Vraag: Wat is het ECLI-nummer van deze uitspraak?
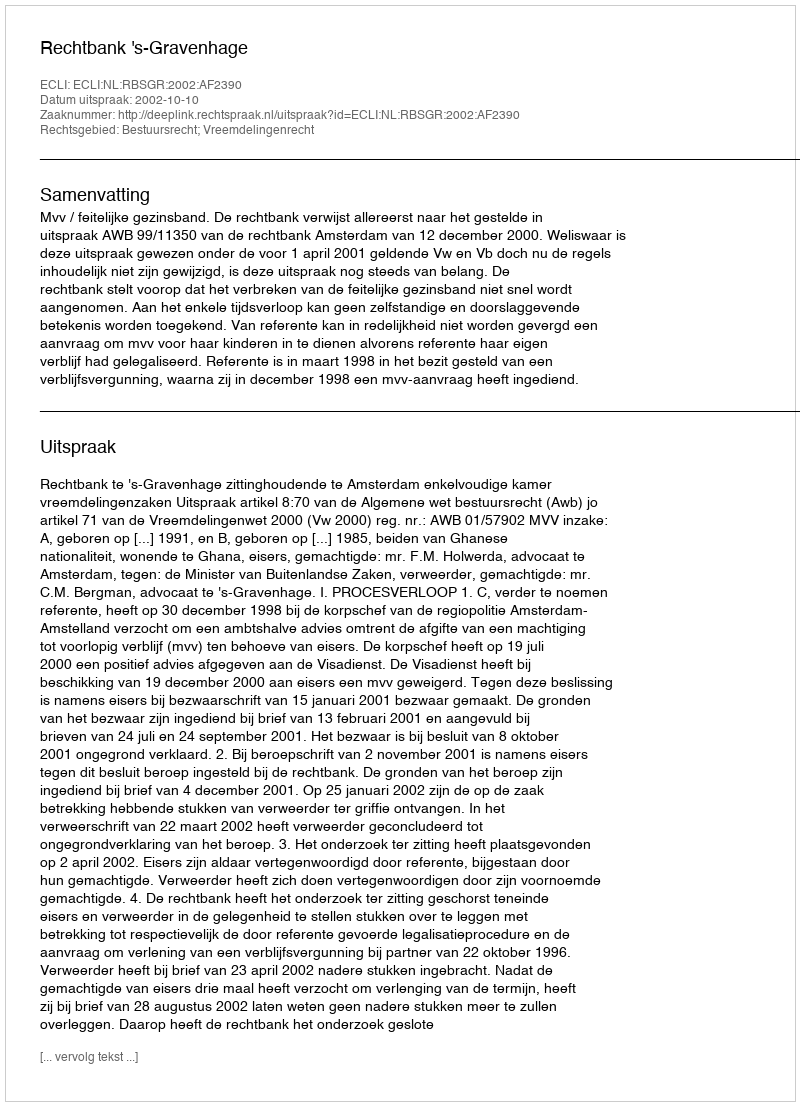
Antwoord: ECLI:NL:RBSGR:2002:AF2390